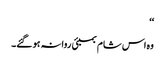
‘‘
وہ اس شام بمبئی روانہ ہو گئے۔